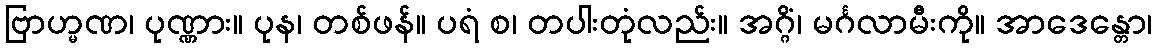
ဗြာဟ္မဏ၊ ပုဏ္ဏား။ ပုန၊ တစ်ဖန်။ ပရံ စ၊ တပါးတုံလည်း။ အဂ္ဂိံ၊ မင်္ဂလာမီးကို။ အာဒေန္တော၊